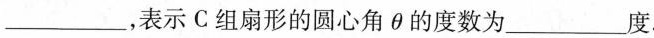
___,表示C组扇形的圆心角θ的度数为___度